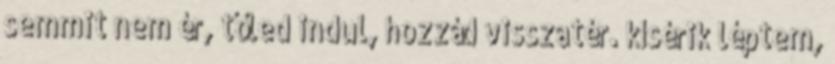
semmit nem ér, tőled indul, hozzád visszatér. kísérik léptem,